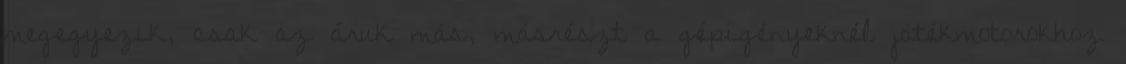
megegyezik, csak az áruk más, másrészt a gépigényeknél játékmotorokhoz